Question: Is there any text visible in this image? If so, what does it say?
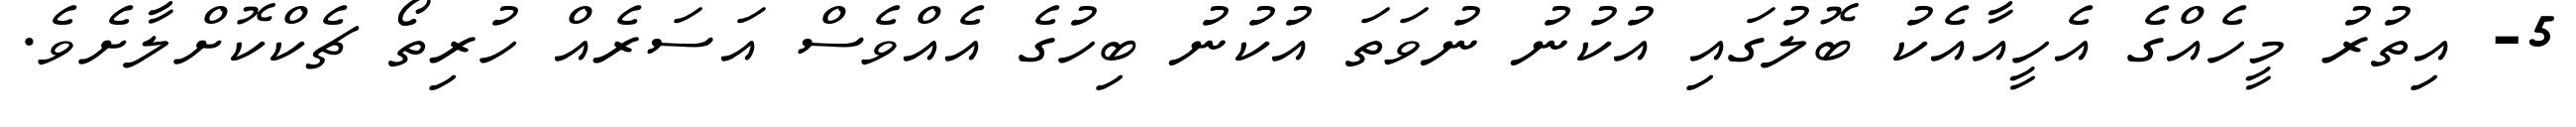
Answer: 5- އިތުރު މީހެއްގެ އެހީއާއެކު ބޮލުގައި އުކުނު ނުވަތަ އުކުނު ބިހުގެ އެއްވެސް އަސަރެއް ހުރިތޯ ޗެކްކޮށްލާށެވެ.